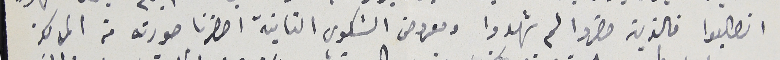
انطلبوا فالذين حضروا لم شهدوا ومعروض الشكوى الثانية احضرنا صورته من المركز